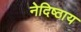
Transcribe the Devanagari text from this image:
नेदिष्ठाय